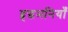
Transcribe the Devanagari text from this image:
हृद्धमनियाँ